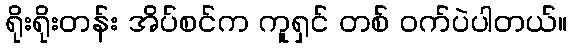
ရိုးရိုးတန်း အိပ်စင်က ကူရှင် တစ် ဝက်ပဲပါတယ်။